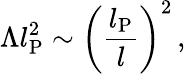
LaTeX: \Lambda l_{\mathrm{P}}^{2}\sim\left(\frac{l_{\mathrm{P}}}{l}\right)^{2}\, ,